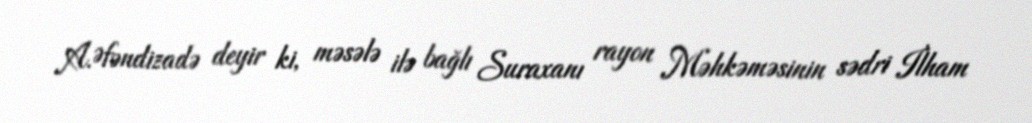
A.Əfəndizadə deyir ki, məsələ ilə bağlı Suraxanı rayon Məhkəməsinin sədri İlham